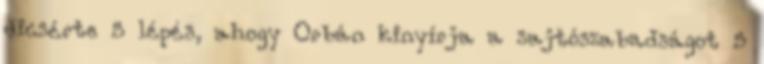
dicsérte 5 lépés, ahogy Orbán kinyírja a sajtószabadságot 5